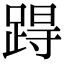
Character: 𨁽